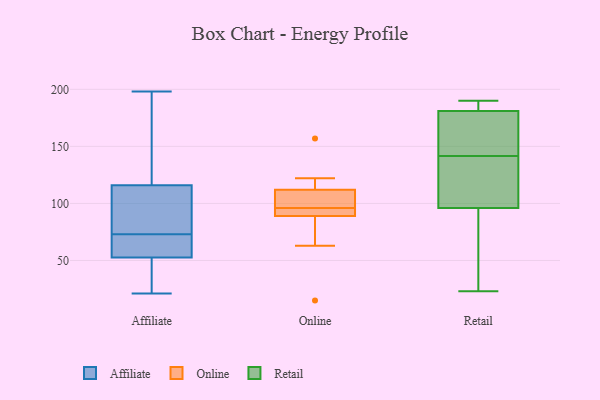
{"axis": {"x": "Customer Acquisition Cost (USD)", "y": "Value"}, "legend": ["Affiliate", "Online", "Retail"], "data": [{"x": "", "y": 21, "type": "Affiliate"}, {"x": "", "y": 49, "type": "Affiliate"}, {"x": "", "y": 108, "type": "Affiliate"}, {"x": "", "y": 63, "type": "Affiliate"}, {"x": "", "y": 198, "type": "Affiliate"}, {"x": "", "y": 56, "type": "Affiliate"}, {"x": "", "y": 187, "type": "Affiliate"}, {"x": "", "y": 57, "type": "Affiliate"}, {"x": "", "y": 33, "type": "Affiliate"}, {"x": "", "y": 83, "type": "Affiliate"}, {"x": "", "y": 124, "type": "Affiliate"}, {"x": "", "y": 84, "type": "Affiliate"}, {"x": "", "y": 63, "type": "Online"}, {"x": "", "y": 101, "type": "Online"}, {"x": "", "y": 91, "type": "Online"}, {"x": "", "y": 15, "type": "Online"}, {"x": "", "y": 91, "type": "Online"}, {"x": "", "y": 157, "type": "Online"}, {"x": "", "y": 104, "type": "Online"}, {"x": "", "y": 122, "type": "Online"}, {"x": "", "y": 112, "type": "Online"}, {"x": "", "y": 89, "type": "Online"}, {"x": "", "y": 181, "type": "Retail"}, {"x": "", "y": 114, "type": "Retail"}, {"x": "", "y": 166, "type": "Retail"}, {"x": "", "y": 23, "type": "Retail"}, {"x": "", "y": 168, "type": "Retail"}, {"x": "", "y": 117, "type": "Retail"}, {"x": "", "y": 63, "type": "Retail"}, {"x": "", "y": 96, "type": "Retail"}, {"x": "", "y": 190, "type": "Retail"}, {"x": "", "y": 185, "type": "Retail"}]}